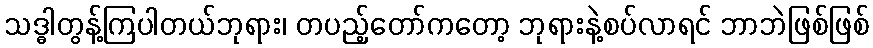
သဒ္ဓါတွန့်ကြပါတယ်ဘုရား၊ တပည့်တော်ကတော့ ဘုရားနဲ့စပ်လာရင် ဘာဘဲဖြစ်ဖြစ်